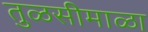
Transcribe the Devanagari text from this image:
तुळसीमाळा